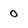
Character: 0